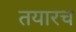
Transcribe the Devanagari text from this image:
तयारच